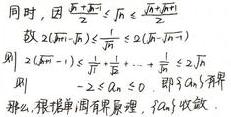
同时，因 \(\frac{2}{\sqrt{n + 1}} \leq \int_{n}^{n + 1}\frac{2}{\sqrt{t}}dt \leq \frac{2}{\sqrt{n}}\)
故 \(2(\sqrt{n + 1}-\sqrt{n}) \leq \frac{1}{\sqrt{n}} \leq 2(\sqrt{n}-\sqrt{n - 1})\)
则 \(2(\sqrt{n + 1}-1) \leq \sum_{k = 1}^{n}\frac{1}{\sqrt{k}} \leq 2\sqrt{n}\)
即 \(\frac{2(\sqrt{n + 1}-1)}{\sqrt{n}} \leq \sum_{k = 1}^{n}\frac{1}{\sqrt{k}}\cdot\frac{1}{\sqrt{n}} \leq 2\)
那么, 根据单调有界原理, \(\{a_n\}\) 收敛